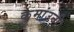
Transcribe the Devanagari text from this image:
कुमांउनी